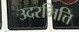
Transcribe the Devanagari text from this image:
उदरभित्ति